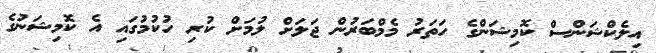
އިލެކްޝަންސް ކޮމިޝަންގެ ހަތަރު މެމްބަރުން ޖަލަށް ލުމަށް ކުރި ހުކުމުގައި އެ ކޮމިޝަނުގެ